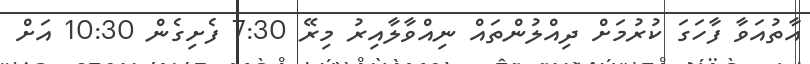
އާތުއަވާ ފާހަގަ ކުރުމަށް ދިއްލުންތައް ނިއްވާލާއިރު މިރޭ 7:30 ފެށިގެން 10:30 އަށް